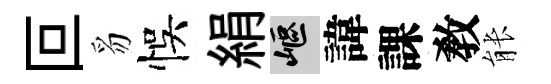
叵豸悞絹嶇諱課敎䏻